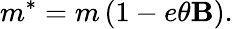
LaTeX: m^{*}=m\left(1-e\theta\mathbf{B}\right).